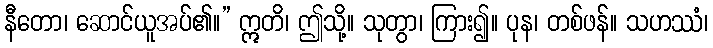
နီတော၊ ဆောင်ယူအပ်၏။” ဣတိ၊ ဤသို့။ သုတွာ၊ ကြား၍။ ပုန၊ တစ်ဖန်။ သဟဿံ၊